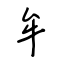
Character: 牟